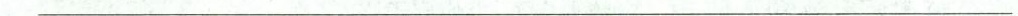
___